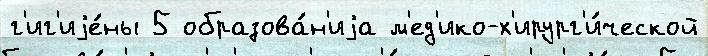
г'иг'иjе́ны 5 образова́н'иjа м'ед'ико-х'ирург'и́ческой